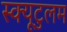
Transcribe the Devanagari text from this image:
स्क्यूटुलम